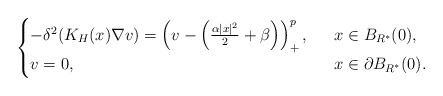
\begin{align*}\begin{cases}-\delta^2(K_H(x)\nabla v)= \left( v-\left( \frac{\alpha|x|^2}{2}+\beta\right) \right)^{p}_+,\ \ &x\in B_{R^*}(0),\\v=0,\ \ &x\in\partial B_{R^*}(0).\end{cases}\end{align*}